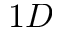
1 D